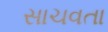
સાચવતા